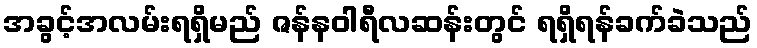
အခွင့်အလမ်းရရှိမည် ဇန်နဝါရီလဆန်းတွင် ရရှိရန်ခက်ခဲသည်